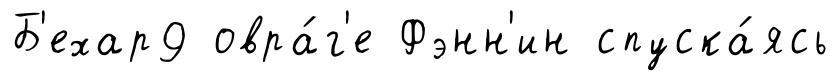
Б'ехар9 овра́г'е Фэнн'ин спуска́ясь